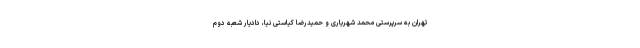
تهران به سرپرستی محمد شهریاری و حمیدرضا کیاستی نیا، دادیار شعبه دوم